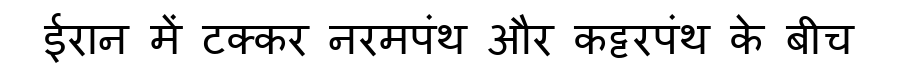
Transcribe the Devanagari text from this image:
ईरान में टक्कर नरमपंथ और कट्टरपंथ के बीच